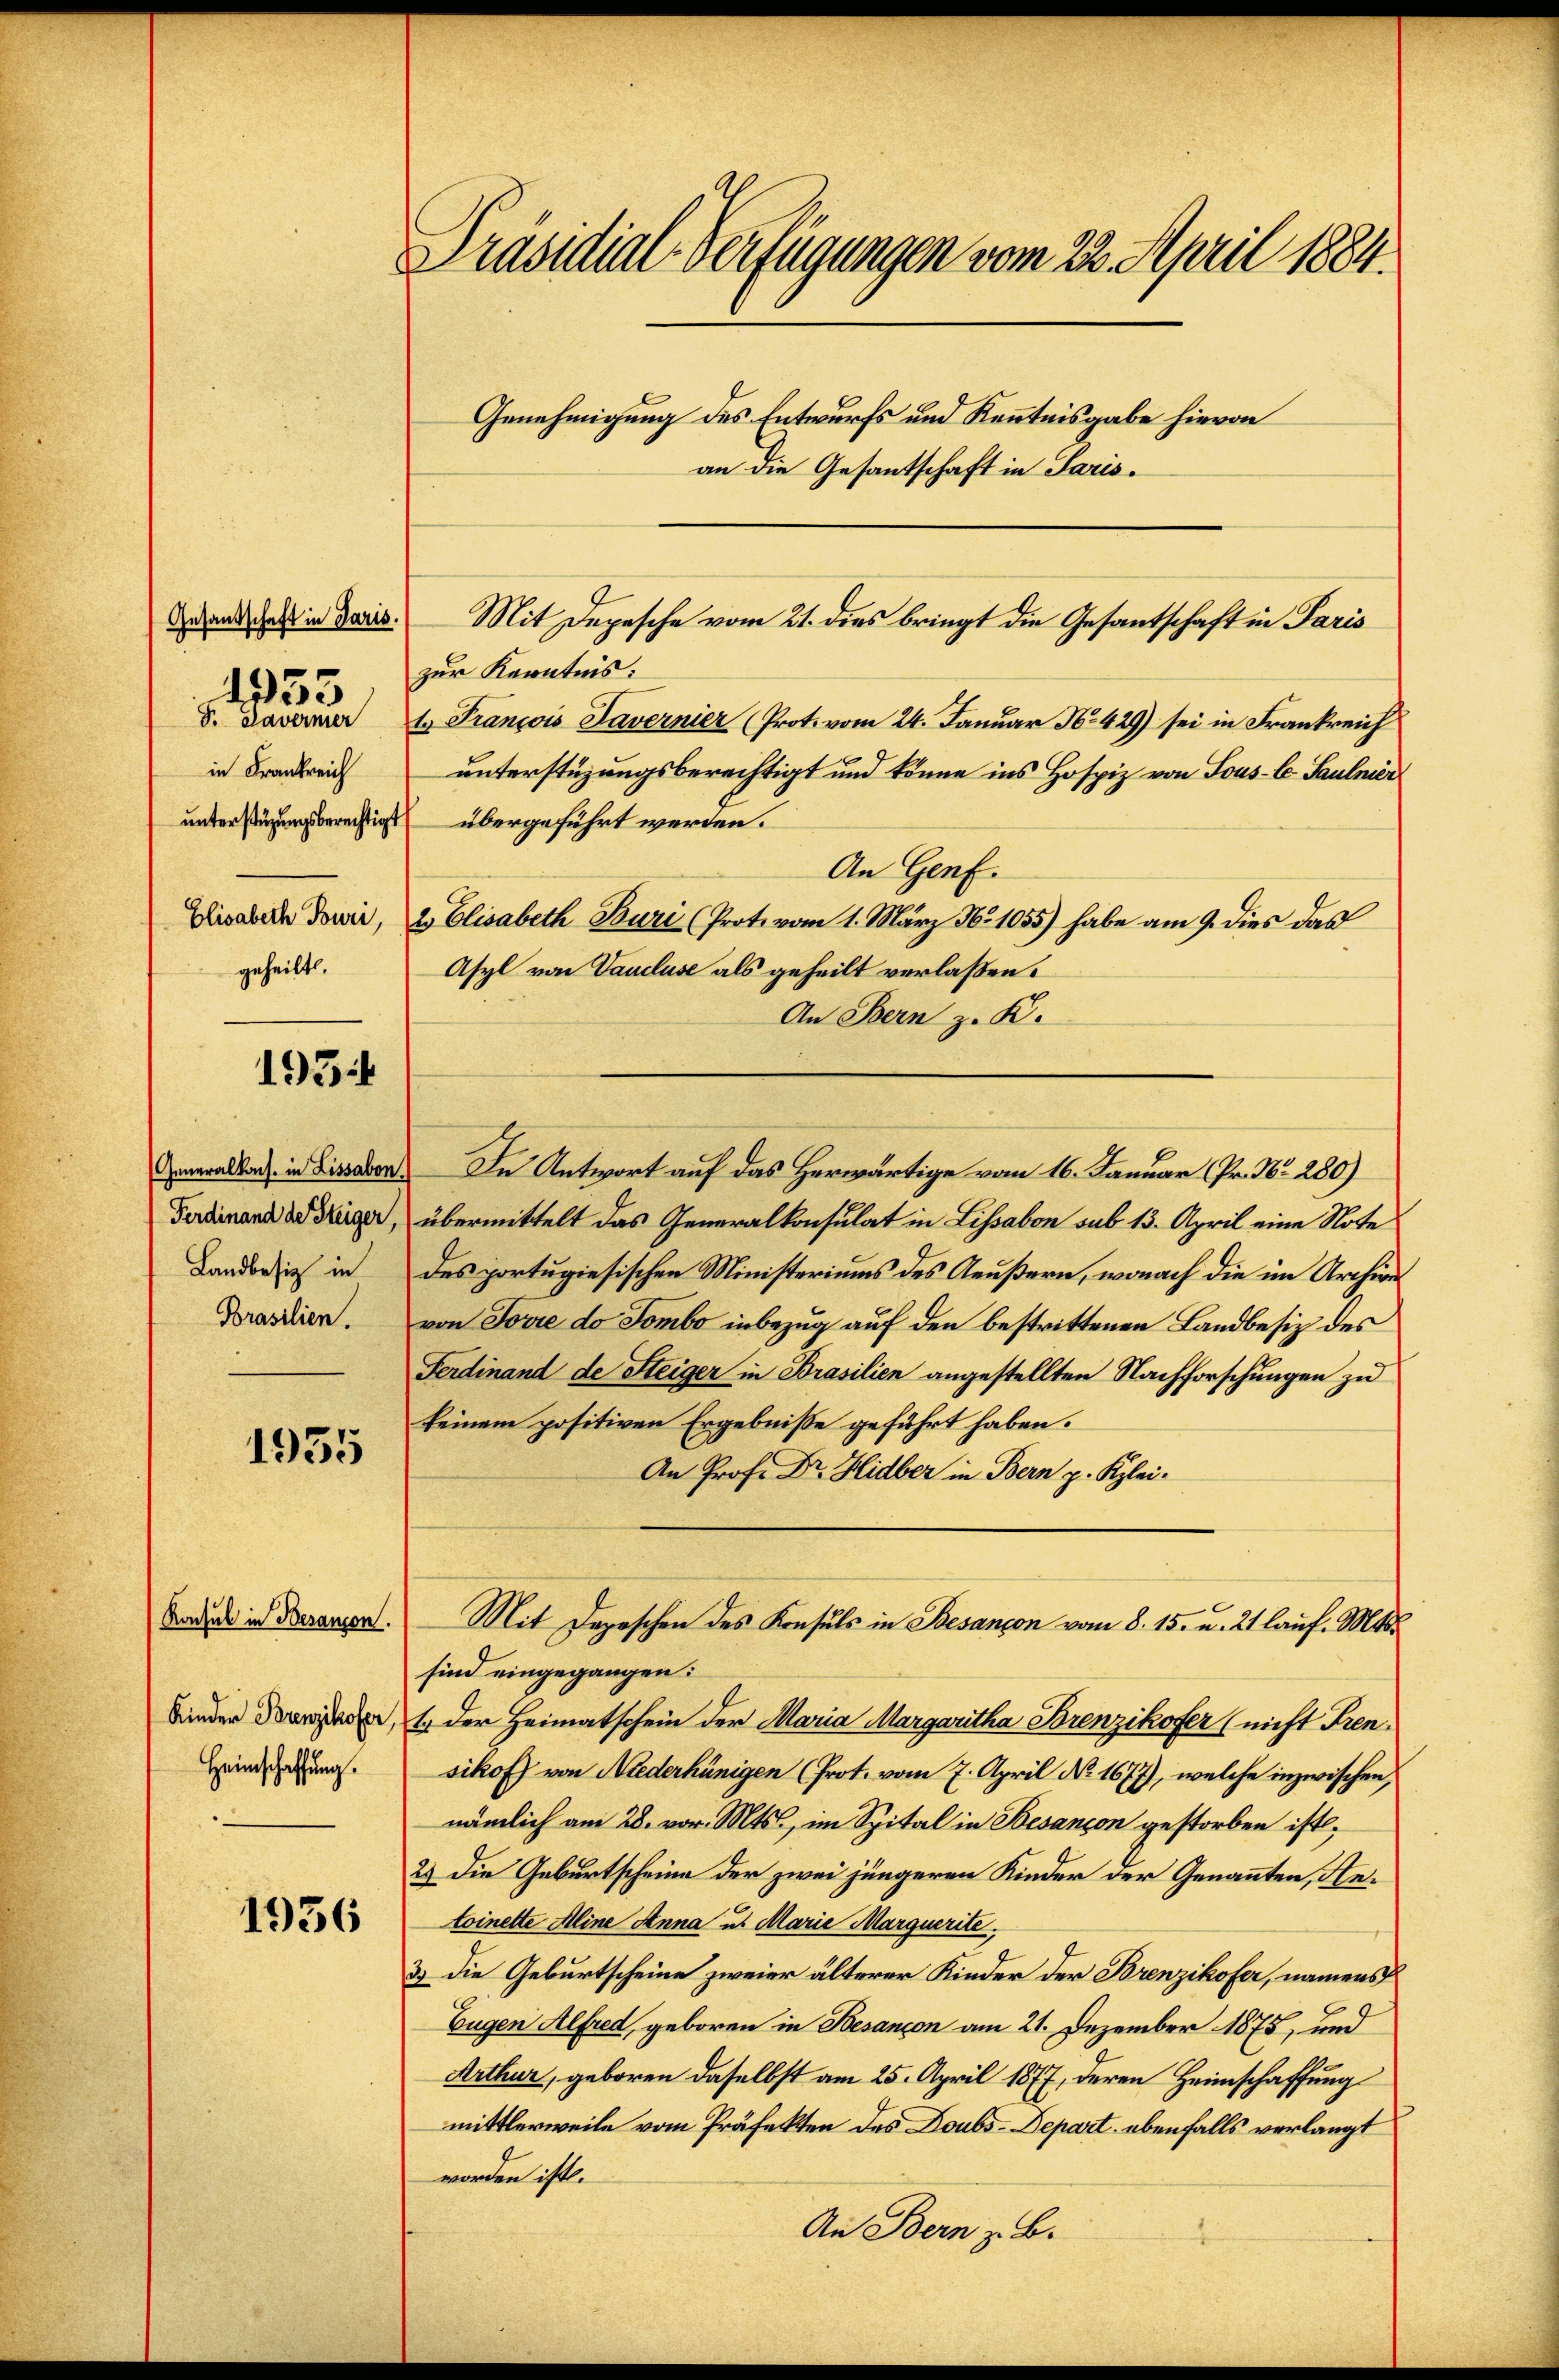
Gesandschaft in Paris.
in Frankreich
geheilt.

4953

1934

Generalkons. in Lissabon.
Ferdinand de Steiger,
Landbesiz in
Brasilien.

1955

Konsul in Besanzen.
Kinder Borenzikofer,
Heimschaffung.

1956

unterstüzungsberechtigt übergeführt werden.

Präsidial-Verfügungen vom 22. April 1884.
Genehmigung des Entwurfs und Kenntnisgabe hievon
an die Gesantschaft in Paris.

In Antwort auf das Herwärtige vom 16. Januar (Pr. No. 280)
übermittelt das Generalkonsulat in Lissabon sub 13. April eine Note
des portugiesischen Ministeriums des Aeußern, wonach die im Archive
von Jowie do Tombo inbezug auf den bestrittenen Landbesiz des
Ferdinand de Steiger in Brasilien angestellten Nachforschungen zu
keinem positiven Ergebniße geführt haben.
An Prof. Dr. Hidber in Bern p. Klei¬
Mit Depeschen des Konsuls in Besançon vom 8. 15. u. 21 lauf. Mts.
sind eingegangen:
1.) Der Heimatschein der Maria Margautha Brenzikofer (nicht Fren.
sikof) von Niederhünigen (Prot. vom 7. April Nr. 1677), welche inzwischen,
nämlich am 28. vor. Mts., im Spital in Besançon gestorben ist,
2.) Die Geburtscheine der zwei jüngeren Kinder der Genannten, Antoinette Aline Anna u. Marie Marquerite,
3.) Die Geburtscheine zweier älterer Kinder der Brenzikofer, namens
Eugen Alfred, geboren in Besançon am 21. Dezember 1875, und
Arthur, geboren daselbst am 25. April 1877, deren Heimschaffung
mittlerweile vom Präfekten des Doubs-Depart, ebenfalls verlangt
worden ist.
An Bern z. B.

Mit Depesche vom 21. dies bringt die Gesantschaft in Paris
zur Kenntnis:
8. Daverner 1. François Tavernier (Prot. vom 24. Januar No. 429) sei in Frankreich
unterstüzungsberechtigt und könne ins Hospiz von Sous-C. Saulnier
An Genf.
Elisabern Dower, 2. Elisabeth Buri (Prote vom 1. März No 1055) habe am 9. dies das
Asyl von Vaudluse als geheilt verlaßen.

An Bern z. K.